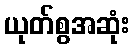
ယုတ်စွအဆုံး